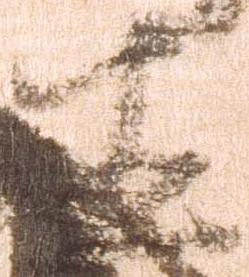
直